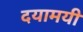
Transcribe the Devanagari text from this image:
दयामयी